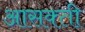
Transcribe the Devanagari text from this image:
आसक्‍ती